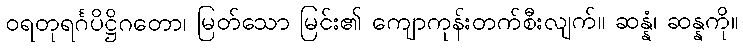
ဝရတုရင်္ဂပိဋ္ဌိဂတော၊ မြတ်သော မြင်း၏ ကျောကုန်းတက်စီးလျက်။ ဆန္နံ၊ ဆန္နကို။